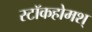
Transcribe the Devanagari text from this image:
स्टॉकहोमश्